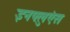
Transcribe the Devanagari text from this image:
इनफ्लुएंस